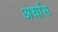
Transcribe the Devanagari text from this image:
अर्धास